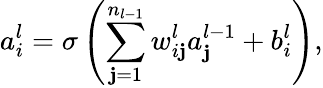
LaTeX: a_{i}^{l}=\sigma\left(\sum_{\mathbf{j}=1}^{n_{l-1}}w_{i\mathbf{j}}^{l}a_{\mathbf{j}}^{l-1}+b_{i}^{l}\right),